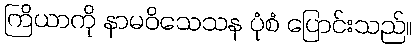
ကြိယာကို နာမဝိသေသန ပုံစံ ပြောင်းသည်။